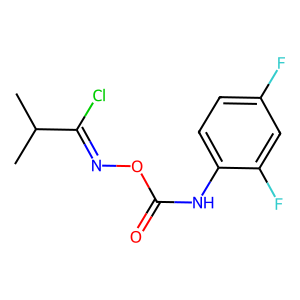
SMILES: CC(C)C(Cl)=NOC(=O)Nc1ccc(F)cc1F
Inhibits HIV replication: No